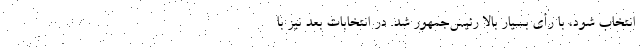
انتخاب شود، با رأی بسیار بالا رئیس‌جمهور شد. در انتخابات بعد نیز با